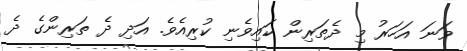
ވަނަ އަހަރު މި ދެތަރިން ކައިވެނި ކުރިއެވެ. އަދި ދެ ތަރިންގެ ދެ